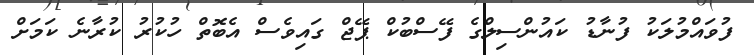
ފުވައްމުލަކު ފުނާޑު ކައުންސިލްގެ ފޭސްބުކް ޕޭޖް ގައިވެސް އެބޮތް ހުކުރު ކުރާނެ ކަމަށް